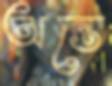
অন্তে